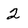
Character: 2